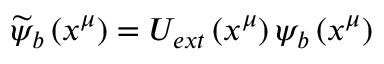
\widetilde { \psi } _ { b } \left( x ^ { \mu } \right) = U _ { e x t } \left( x ^ { \mu } \right) \psi _ { b } \left( x ^ { \mu } \right)